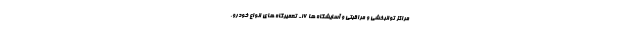
مراکز توانبخشی و مراقبتی و آسایشگاه ها ۱۶- تعمیرگاه های انواع خودرو،